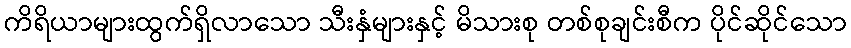
ကိရိယာများထွက်ရှိလာသော သီးနှံများနှင့် မိသားစု တစ်စုချင်းစီက ပိုင်ဆိုင်သော